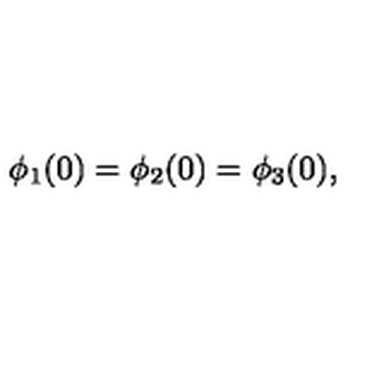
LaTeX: \phi _ { 1 } ( 0 ) = \phi _ { 2 } ( 0 ) = \phi _ { 3 } ( 0 ) ,